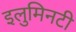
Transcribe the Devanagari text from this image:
इलुमिनटी